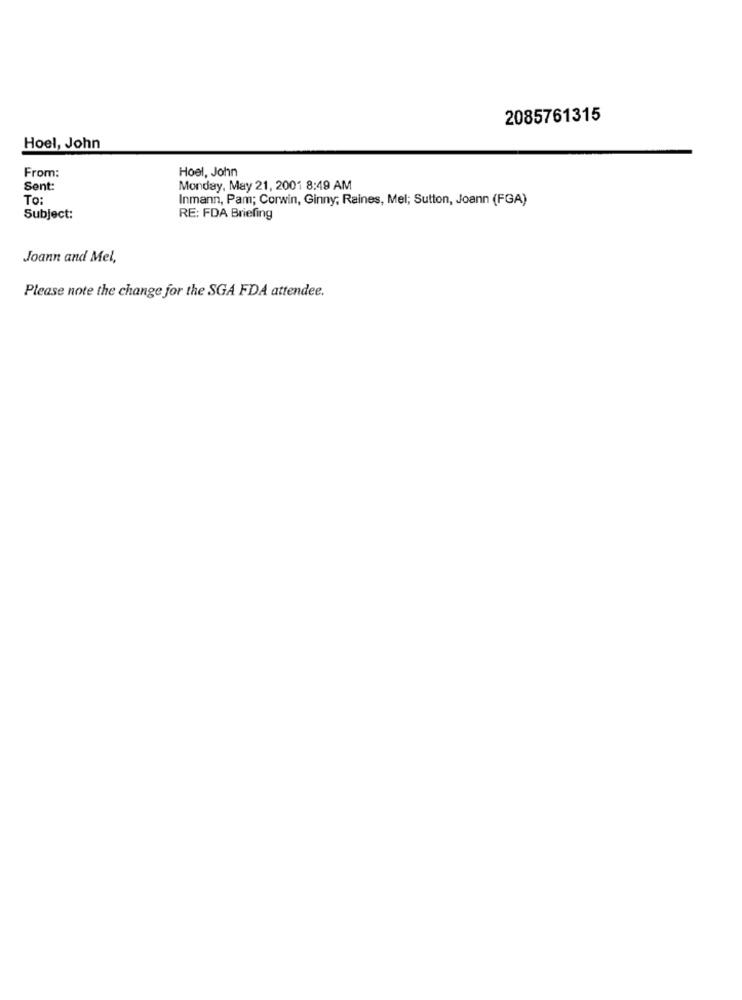
2085761315
Hoel, John
From:
Hoel, John
Sent:
Monday, May 21, 2001 8:49 AM
To:
Inmann, Pam; Corwin, Ginny; Raines, Mel; Sutton, Joann (FGA)
Subject:
RE: FDA Briefing
Joann and Mel,
Please note the change for the SGA FDA attendee.